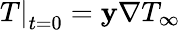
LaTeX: {\left.T\right|_{t=0}}=\mathbf{y}\nabla{T_{\infty}}